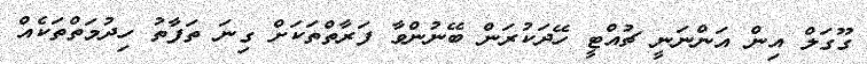
ގޫގަލް އިން އަންނަނީ ޗުއްޓީ ހޭދަކުރަން ބޭނުންވާ ފަރާތްތަކަށް ގިނަ ތަފާތު ހިދުމަތްތަކެއް